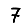
Digit: 7